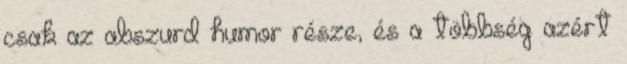
csak az abszurd humor része, és a többség azért